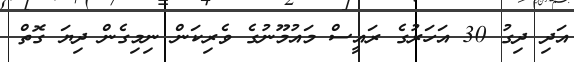
އަދި ދިގު 30 އަހަރުގެ ރައީސް މައުމޫނުގެ ވެރިކަން ނިމިގެން ދިޔަ ގޮތް